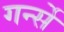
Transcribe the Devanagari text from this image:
गर्न्से